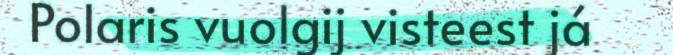
Polaris vuolgij visteest já